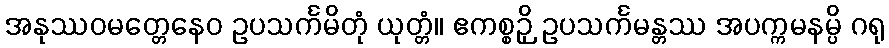
အနုဿဝမတ္တေနေဝ ဥပသင်္ကမိတုံ ယုတ္တံ။ ဧကစ္စဉှိ ဥပသင်္ကမန္တဿ အပက္ကမနမ္ပိ ဂရု